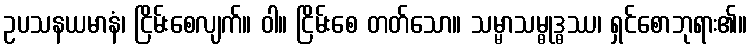
ဥပသနယမာနံ၊ ငြိမ်းစေလျက်။ ဝါ။ ငြိမ်းစေ တတ်သော။ သမ္မာသမ္ဓုဒ္ဓဿ၊ ရှင်စောဘုရား၏။